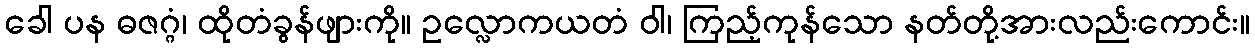
ခေါ ပန ဓဇဂ္ဂံ၊ ထိုတံခွန်ဖျားကို။ ဥလ္လောကယတံ ဝါ၊ ကြည့်ကုန်သော နတ်တို့အားလည်းကောင်း။